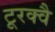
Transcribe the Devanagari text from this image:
टूरक्वै